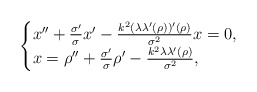
\begin{align*}\begin{cases}x''+\frac{\sigma'}{\sigma}x'-\frac{k^2(\lambda\lambda'(\rho))'(\rho)}{\sigma^2}x=0,\\x=\rho''+\frac{\sigma'}{\sigma}\rho'-\frac{k^2\lambda\lambda'(\rho)}{\sigma^2},\end{cases}\end{align*}